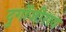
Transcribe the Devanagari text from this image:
दुर्गोजीराव